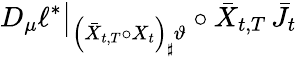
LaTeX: D_{\mu}\ell^{*}\big|_{\left(\bar{X}_{t,T}\circ X_{t}\right)_{\sharp}\vartheta}\circ\bar{X}_{t,T}\, {\bar{J}_{t}}